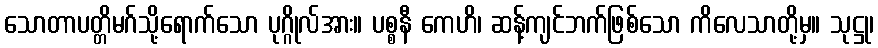
သောတာပတ္တိမဂ်သို့ရောက်သော ပုဂ္ဂိုလ်အား။ ပစ္စနီ ကေဟိ၊ ဆန့်ကျင်ဘက်ဖြစ်သော ကိလေသာတို့မှ။ သုဋ္ဌု၊